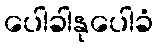
ပေါခါနုပေါခံ